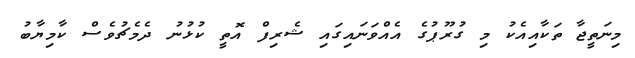
މިނަތީޖާ ތަކާއިއެކު މި ގުރޫޕުގެ އެއްވަނައިގައި ޝެރިފް އޮތީ ކުޅުނު ދެމެޗުވެސް ކާމިޔާބު